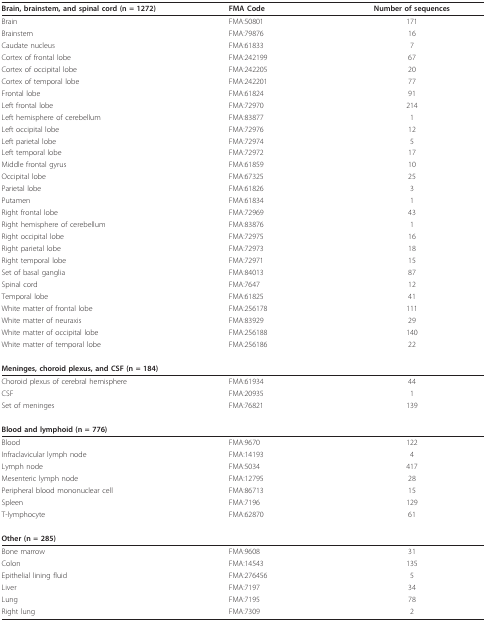
<table><thead><tr><td><b>Brain, brainstem, and spinal cord (n = 1272)</b></td><td><b>FMA Code</b></td><td><b>Number of sequences</b></td></tr></thead><tbody><tr><td>Brain</td><td>FMA:50801</td><td>171</td></tr><tr><td>Brainstem</td><td>FMA:79876</td><td>16</td></tr><tr><td>Caudate nucleus</td><td>FMA:61833</td><td>7</td></tr><tr><td>Cortex of frontal lobe</td><td>FMA:242199</td><td>67</td></tr><tr><td>Cortex of occipital lobe</td><td>FMA:242205</td><td>20</td></tr><tr><td>Cortex of temporal lobe</td><td>FMA:242201</td><td>77</td></tr><tr><td>Frontal lobe</td><td>FMA:61824</td><td>91</td></tr><tr><td>Left frontal lobe</td><td>FMA:72970</td><td>214</td></tr><tr><td>Left hemisphere of cerebellum</td><td>FMA:83877</td><td>1</td></tr><tr><td>Left occipital lobe</td><td>FMA:72976</td><td>12</td></tr><tr><td>Left parietal lobe</td><td>FMA:72974</td><td>5</td></tr><tr><td>Left temporal lobe</td><td>FMA:72972</td><td>17</td></tr><tr><td>Middle frontal gyrus</td><td>FMA:61859</td><td>10</td></tr><tr><td>Occipital lobe</td><td>FMA:67325</td><td>25</td></tr><tr><td>Parietal lobe</td><td>FMA:61826</td><td>3</td></tr><tr><td>Putamen</td><td>FMA:61834</td><td>1</td></tr><tr><td>Right frontal lobe</td><td>FMA:72969</td><td>43</td></tr><tr><td>Right hemisphere of cerebellum</td><td>FMA:83876</td><td>1</td></tr><tr><td>Right occipital lobe</td><td>FMA:72975</td><td>16</td></tr><tr><td>Right parietal lobe</td><td>FMA:72973</td><td>18</td></tr><tr><td>Right temporal lobe</td><td>FMA:72971</td><td>15</td></tr><tr><td>Set of basal ganglia</td><td>FMA:84013</td><td>87</td></tr><tr><td>Spinal cord</td><td>FMA:7647</td><td>12</td></tr><tr><td>Temporal lobe</td><td>FMA:61825</td><td>41</td></tr><tr><td>White matter of frontal lobe</td><td>FMA:256178</td><td>111</td></tr><tr><td>White matter of neuraxis</td><td>FMA:83929</td><td>29</td></tr><tr><td>White matter of occipital lobe</td><td>FMA:256188</td><td>140</td></tr><tr><td>White matter of temporal lobe</td><td>FMA:256186</td><td>22</td></tr><tr><td colspan="2"><b>Meninges, choroid plexus, and CSF (n = 184)</b></td><td></td></tr><tr><td>Choroid plexus of cerebral hemisphere</td><td>FMA:61934</td><td>44</td></tr><tr><td>CSF</td><td>FMA:20935</td><td>1</td></tr><tr><td>Set of meninges</td><td>FMA:76821</td><td>139</td></tr><tr><td><b>Blood and lymphoid (n = 776)</b></td><td></td><td></td></tr><tr><td>Blood</td><td>FMA:9670</td><td>122</td></tr><tr><td>Infraclavicular lymph node</td><td>FMA:14193</td><td>4</td></tr><tr><td>Lymph node</td><td>FMA:5034</td><td>417</td></tr><tr><td>Mesenteric lymph node</td><td>FMA:12795</td><td>28</td></tr><tr><td>Peripheral blood mononuclear cell</td><td>FMA:86713</td><td>15</td></tr><tr><td>Spleen</td><td>FMA:7196</td><td>129</td></tr><tr><td>T-lymphocyte</td><td>FMA:62870</td><td>61</td></tr><tr><td><b>Other (n = 285)</b></td><td></td><td></td></tr><tr><td>Bone marrow</td><td>FMA:9608</td><td>31</td></tr><tr><td>Colon</td><td>FMA:14543</td><td>135</td></tr><tr><td>Epithelial lining fluid</td><td>FMA:276456</td><td>5</td></tr><tr><td>Liver</td><td>FMA:7197</td><td>34</td></tr><tr><td>Lung</td><td>FMA:7195</td><td>78</td></tr><tr><td>Right lung</td><td>FMA:7309</td><td>2</td></tr></tbody></table>